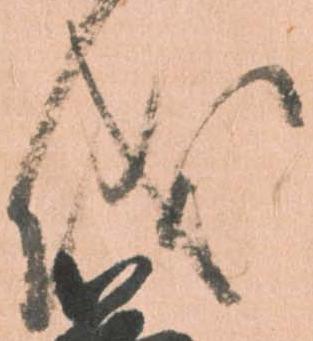
儀